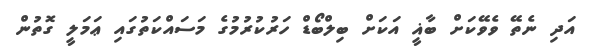
އަދި ނެތޭ ވެވޭކަށް ބާޣީ އަކަށް ބިލްބޯޑް ހަރުކުރުމުގެ މަސައްކަތުގައި ޢަމަލީ ގޮތުން